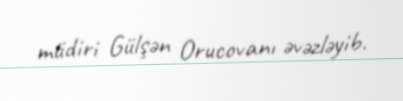
müdiri Gülşən Orucovanı əvəzləyib.